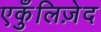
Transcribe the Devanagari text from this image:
एकुँलिज़ेद